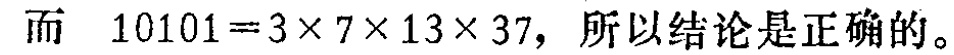
而 \(10101 = 3\times7\times13\times37\)，所以结论是正确的。